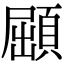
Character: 𩓦